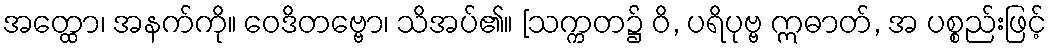
အတ္ထော၊ အနက်ကို။ ဝေဒိတဗ္ဗော၊ သိအပ်၏။ [သက္ကတ၌ ဝိ, ပရိပုဗ္ဗ ဣဓာတ်, အ ပစ္စည်းဖြင့်